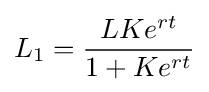
L_{1}={\frac {LKe^{rt}}{1+Ke^{rt}}}